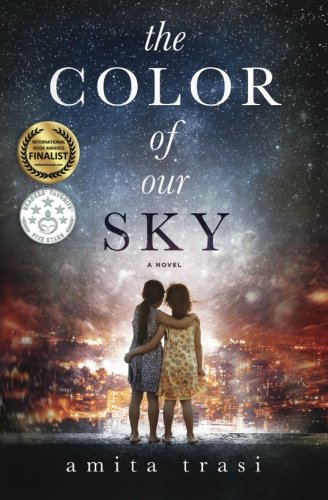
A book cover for The Color of our Sky; Amita Trasi; Literature & Fiction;